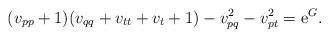
LaTeX: \begin{align*}(v_{pp}+1)(v_{qq}+v_{tt}+v_t+1)-v_{pq}^2-v_{pt}^2={\mathrm e}^G.\end{align*}